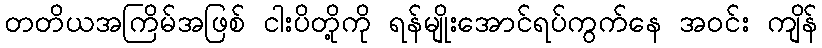
တတိယအကြိမ်အဖြစ် ငါးပိတို့ကို ရန်မျိုးအောင်ရပ်ကွက်နေ အဝင်း ကျိန်